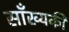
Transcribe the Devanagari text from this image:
साँख्यकी